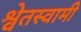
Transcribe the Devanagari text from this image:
श्वेतस्वामी